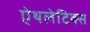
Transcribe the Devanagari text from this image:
ऐथलेटिक्स